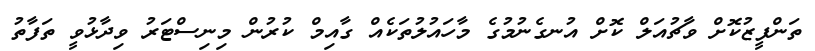
ތަންފީޒުކޮށް ވާޗުއަލް ކޮށް އުނގެނުމުގެ މާހައުލުތަކެއް ގާއިމް ކުރުން މިނިސްޓަރު ވިދާޅުވީ ތަފާތު